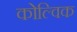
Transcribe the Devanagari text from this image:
कोल्विक